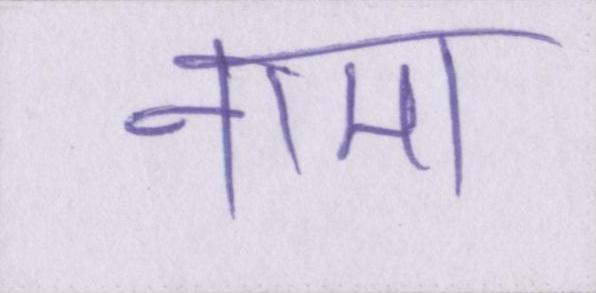
नामा